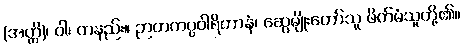
(အတ္ထိ)၊ ဝါ၊ တနည်း။ ဉာတကပ္ပဝါရိတာနံ၊ ဆွေမျိုးတော်သူ ဖိတ်မံသူတို့၏။